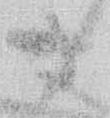
候